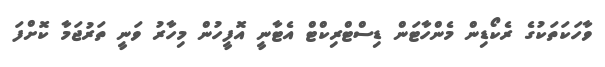
ވާހަކަތަކުގެ ރެކޯޑިން މެންހާޓަން ޑިސްޓްރިކްޓް އެޓާނީ އޮފީހުން މިހާރު ވަނީ ތަރުޖަމާ ކޮށްފަ